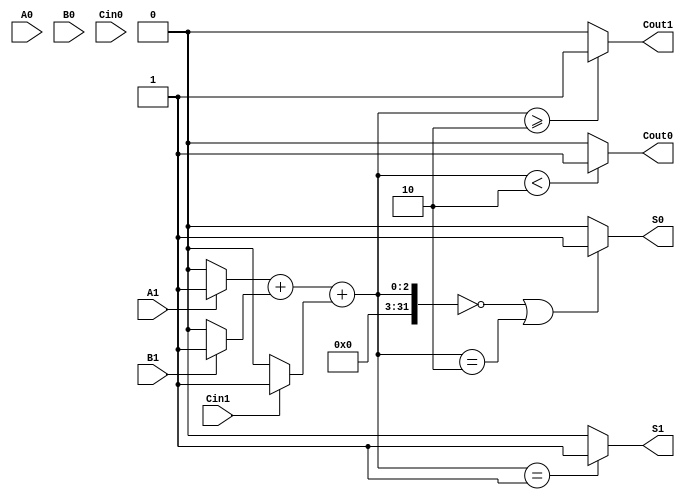
module dual_rail_full_adder (
    input wire A1, A0,      // Dual-rail representation of input A
    input wire B1, B0,      // Dual-rail representation of input B
    input wire Cin1, Cin0,  // Dual-rail representation of carry input Cin
    output wire S1, S0,     // Dual-rail representation of sum output S
    output wire Cout1, Cout0 // Dual-rail representation of carry output Cout
);

    // Internal signals to determine the logic states
    wire A, B, Cin;
    wire sum, carry;

    // Decode dual-rail inputs into single-bit representation
    assign A = A1 ? 1'b1 : 1'b0;
    assign B = B1 ? 1'b1 : 1'b0;
    assign Cin = Cin1 ? 1'b1 : 1'b0;

    // Logic for sum and carry
    assign sum = A ^ B ^ Cin; // S = A XOR B XOR Cin
    assign carry = (A & B) | (Cin & (A ^ B)); // Cout = (A AND B) OR (Cin AND (A XOR B))

    // Dual-rail encoding for sum output
    assign S1 = (A + B + Cin == 1) ? 1'b1 : 1'b0; // S1 is true if the number of 1s is odd
    assign S0 = (A + B + Cin == 0 || A + B + Cin == 2) ? 1'b1 : 1'b0; // S0 is true if the number of 1s is even

    // Dual-rail encoding for carry output
    assign Cout1 = ((A + B + Cin) >= 2) ? 1'b1 : 1'b0; // Cout1 is true if at least two inputs are 1
    assign Cout0 = ((A + B + Cin) < 2) ? 1'b1 : 1'b0; // Cout0 is true if fewer than two inputs are 1

endmodule